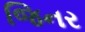
જિનર